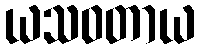
ယသဝတာယ